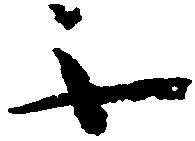
不